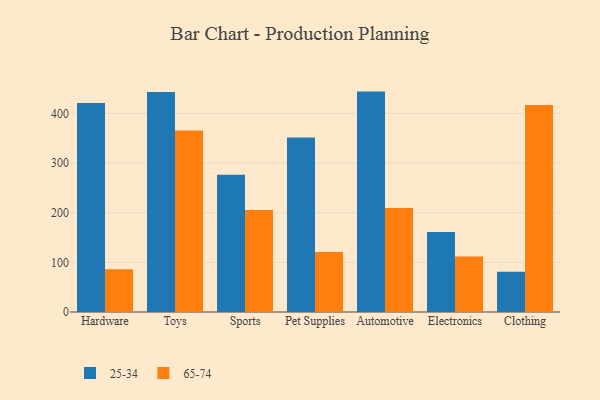
{"axis": {"x": "Category", "y": "Churn Rate (%)"}, "legend": ["25-34", "65-74"], "data": [{"x": "Hardware", "y": 420.9, "type": "25-34"}, {"x": "Hardware", "y": 85.9, "type": "65-74"}, {"x": "Toys", "y": 443.2, "type": "25-34"}, {"x": "Toys", "y": 365.5, "type": "65-74"}, {"x": "Sports", "y": 276.5, "type": "25-34"}, {"x": "Sports", "y": 205.5, "type": "65-74"}, {"x": "Pet Supplies", "y": 351.7, "type": "25-34"}, {"x": "Pet Supplies", "y": 120.9, "type": "65-74"}, {"x": "Automotive", "y": 443.9, "type": "25-34"}, {"x": "Automotive", "y": 209.6, "type": "65-74"}, {"x": "Electronics", "y": 161.0, "type": "25-34"}, {"x": "Electronics", "y": 112.0, "type": "65-74"}, {"x": "Clothing", "y": 80.9, "type": "25-34"}, {"x": "Clothing", "y": 416.9, "type": "65-74"}]}